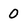
Character: 0